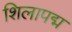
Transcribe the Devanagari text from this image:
शिलापद्म